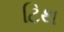
ટિથ